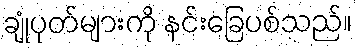
ချုံပုတ်များကို နင်းခြေပစ်သည်။